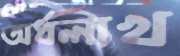
অর্ধলাখ